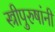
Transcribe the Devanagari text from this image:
स्त्रीपुरुषांनी